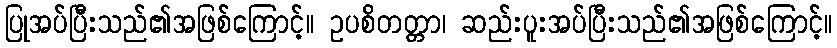
ပြုအပ်ပြီးသည်၏အဖြစ်ကြောင့်။ ဥပစိတတ္တာ၊ ဆည်းပူးအပ်ပြီးသည်၏အဖြစ်ကြောင့်။